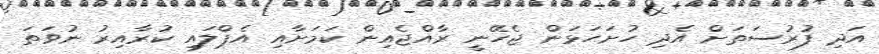
އަދި ފުރުސަތަށް އެދި ހުށަހަޅަން ޖެހޭނީ ރާއްޖެއިން ކަމަށާއި އެޕްލައި ކުރާއިރު ނުވަތަ